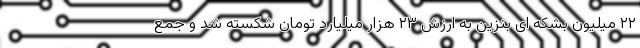
۲۲ میلیون بشکه ای بنزین به ارزش ۲۳ هزار میلیارد تومان شکسته شد و جمع